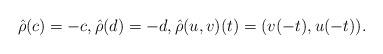
LaTeX: \begin{align*}\hat{\rho}(c) = -c, \hat{\rho}(d) = -d , \hat{\rho}(u, v)(t) = (v(-t), u(-t)).\end{align*}